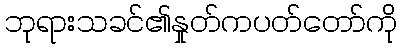
ဘုရားသခင်၏နှုတ်ကပတ်တော်ကို